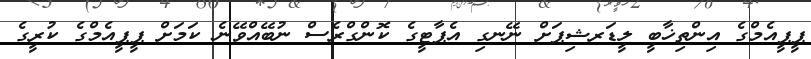
ޕީޕީއެމްގެ އިންތިޚާބީ ލީޑަރޝިޕަށް ނޭނގި އެޕާޓީގެ ކޮންގްރެސް ނުބޭއްވޭނެ ކަމަށް ޕީޕީއެމްގެ ކުރީގެ